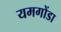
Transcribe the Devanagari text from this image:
यमगोंडा